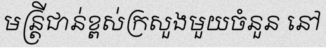
មន្ត្រីជាន់ខ្ពស់ក្រសួងមួយចំនួន នៅ